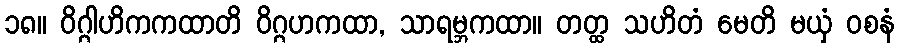
၁၈။ ဝိဂ္ဂါဟိကကထာတိ ဝိဂ္ဂဟကထာ, သာရမ္ဘကထာ။ တတ္ထ သဟိတံ မေတိ မယှံ ဝစနံ